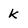
Character: k